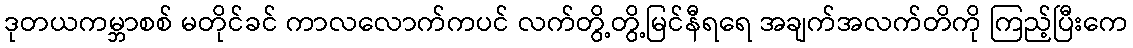
ဒုတယကမ္ဘာစစ် မတိုင်ခင် ကာလလောက်ကပင် လက်တွိ့တွိ့မြင်နီရရေ အချက်အလက်တိကို ကြည့်ပြီးကေ